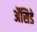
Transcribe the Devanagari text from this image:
ॲसिडे